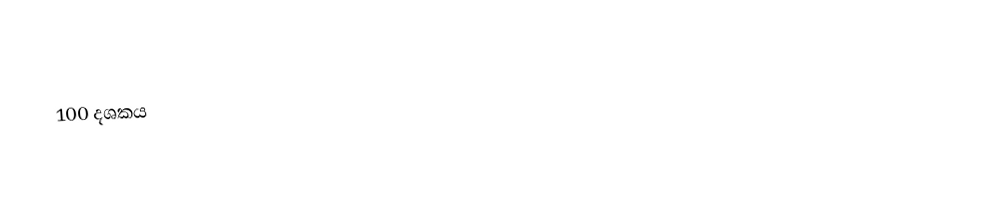
100 දශකය